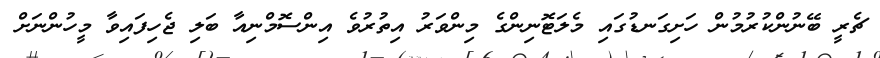
ޗެރީ ބޭނުންކުުރުމުން ހަށިގަނޑުގައި މެލަޓޮނިންގެ މިންވަރު އިތުރުވެ އިންސޮމްނިއާ ބަލި ޖެހިފައިވާ މީހުންނަށް